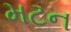
મટન